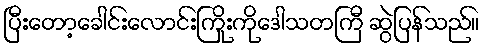
ပြီးတော့ခေါင်းလောင်းကြိုးကိုဒေါသတကြီ ဆွဲပြန်သည်။